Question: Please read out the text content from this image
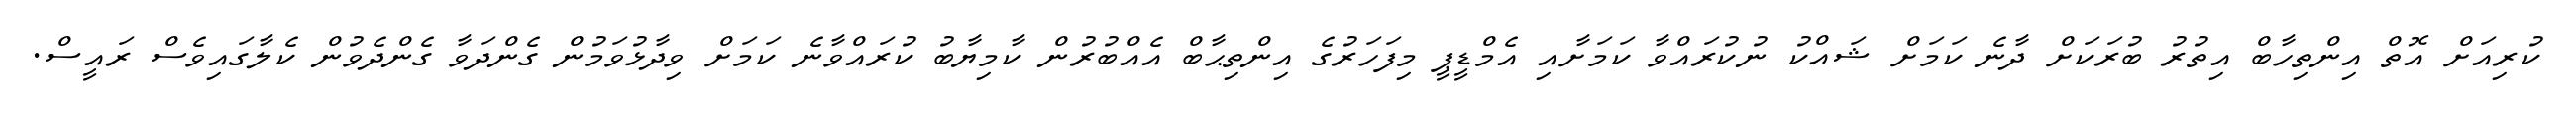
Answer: ކުރިއަށް އޮތް އިންތިހާބް އިތުރު ބުރަކަށް ދާނެ ކަމަށް ޝައްކު ނުކުރައްވާ ކަމަށާއި އެމްޑީޕީ މިފަހަރުގެ އިންތިޙާބް އެއްބުރުން ކާމިޔާބު ކުރައްވާނެ ކަމަށް ވިދާޅުވަމުން ގެންދަވާ ގެންދެވުން ކެލާގައިވެސް ރައީސް.